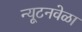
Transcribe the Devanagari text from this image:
न्यूटनवेळा